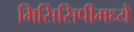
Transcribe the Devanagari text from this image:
मिसिसिपीमध्ये